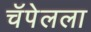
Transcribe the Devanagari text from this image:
चॅपेलला